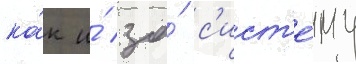
ка́к и́ за́ с'ист'е́му